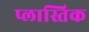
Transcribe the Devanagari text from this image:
प्लास्तिक